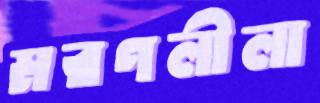
মরণলীলা